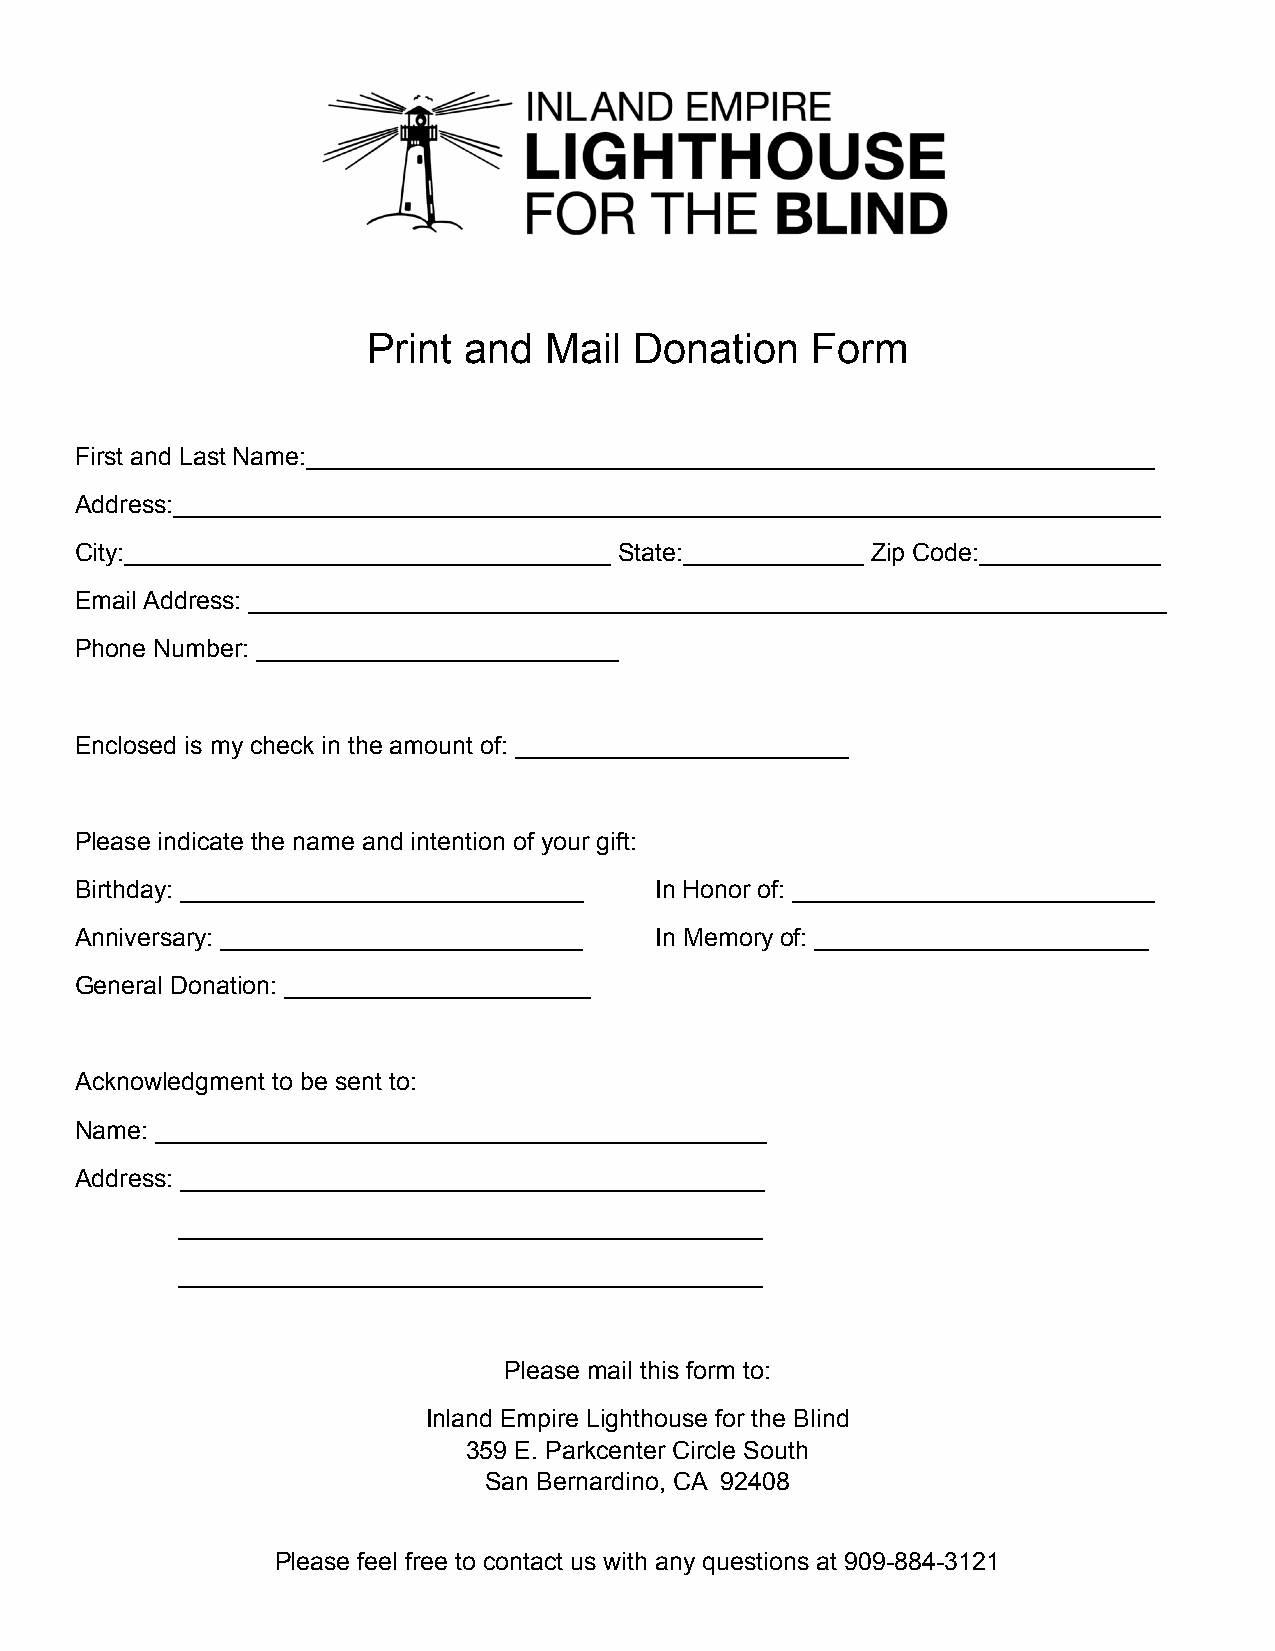
Print  and  Mail  Donation    Form
 First and Last Name:_____________________________________________________________
 Address:_______________________________________________________________________
 City:___________________________________ State:_____________ Zip Code:_____________
 Email Address: __________________________________________________________________
 Phone Number: __________________________
 Enclosed is my check in the amount of: ________________________
 Please indicate the name and intention of your gift:
 Birthday: _____________________________ In Honor of: __________________________
 Anniversary: __________________________ In Memory of: ________________________
 General Donation: ______________________
 Acknowledgment to be sent to:
 Name: ____________________________________________
 Address: __________________________________________
 __________________________________________
 __________________________________________
 Please mail this form to:
 Inland Empire Lighthouse for the Blind
 359 E. Parkcenter Circle South
 San Bernardino, CA 92408
 Please feel free to contact us with any questions at 909-884-3121